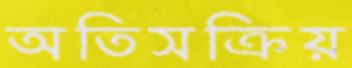
অতিসক্রিয়